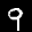
Label: 9